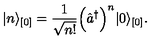
\vert n \rangle _ { [ 0 ] } = \frac { 1 } { \sqrt { n ! } } \Bigl ( \hat { a } ^ { \dagger } \Bigr ) ^ { n } \vert 0 \rangle _ { [ 0 ] } .